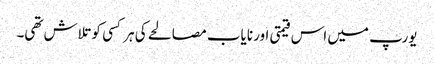
یورپ میں اس قیمتی اور نایاب مصالحے کی ہر کسی کو تلاش تھی۔